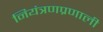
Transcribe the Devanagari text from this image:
नियंत्रणप्रणाली